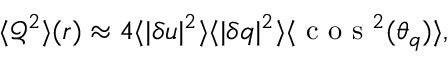
{ \langle \mathcal { Q } ^ { 2 } \rangle ( \boldsymbol { r } ) \approx 4 \langle | \delta \boldsymbol { u } | ^ { 2 } \rangle \langle | \delta \boldsymbol { q } | ^ { 2 } \rangle \langle \mathrm { ~ c ~ o ~ s ~ } ^ { 2 } ( \theta _ { q } ) \rangle , }